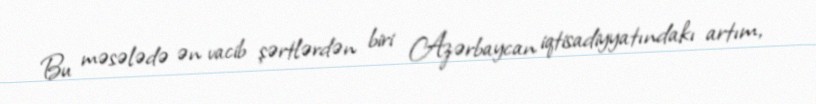
Bu məsələdə ən vacib şərtlərdən biri Azərbaycan iqtisadiyyatındakı artım,